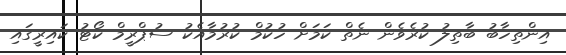
އިންތިހާބު ބާތިލު ކުރެވެން ނެތް ކަމަށް ހުކުމް ކުރުމާއެކު ސުޕްރީމް ކޯޓު ކައިރީގައި